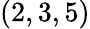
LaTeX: (2,3,5)